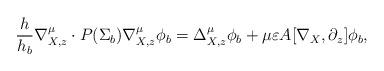
LaTeX: \begin{align*}\dfrac{h}{h_b}\nabla^{\mu}_{X,z} \cdot P(\Sigma_b) \nabla^{\mu}_{X,z} \phi_b = \Delta^{\mu}_{X,z} \phi_b + \mu\varepsilon A[\nabla_X, \partial_z]\phi_b,\end{align*}